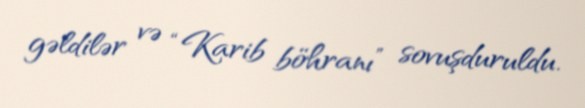
gəldilər və “Karib böhranı” sovuşduruldu.